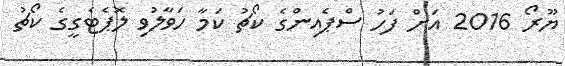
ޔޫރޯ 2016 އަށް ފަހު ސްޕެއިންގެ ކޯޗު ކަމާ ހަވާލުވި ލޮޕެޓެގީގެ ކޯޗު